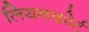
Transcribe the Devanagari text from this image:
लियनकोर्ट